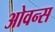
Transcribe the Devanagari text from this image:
ओवन्स